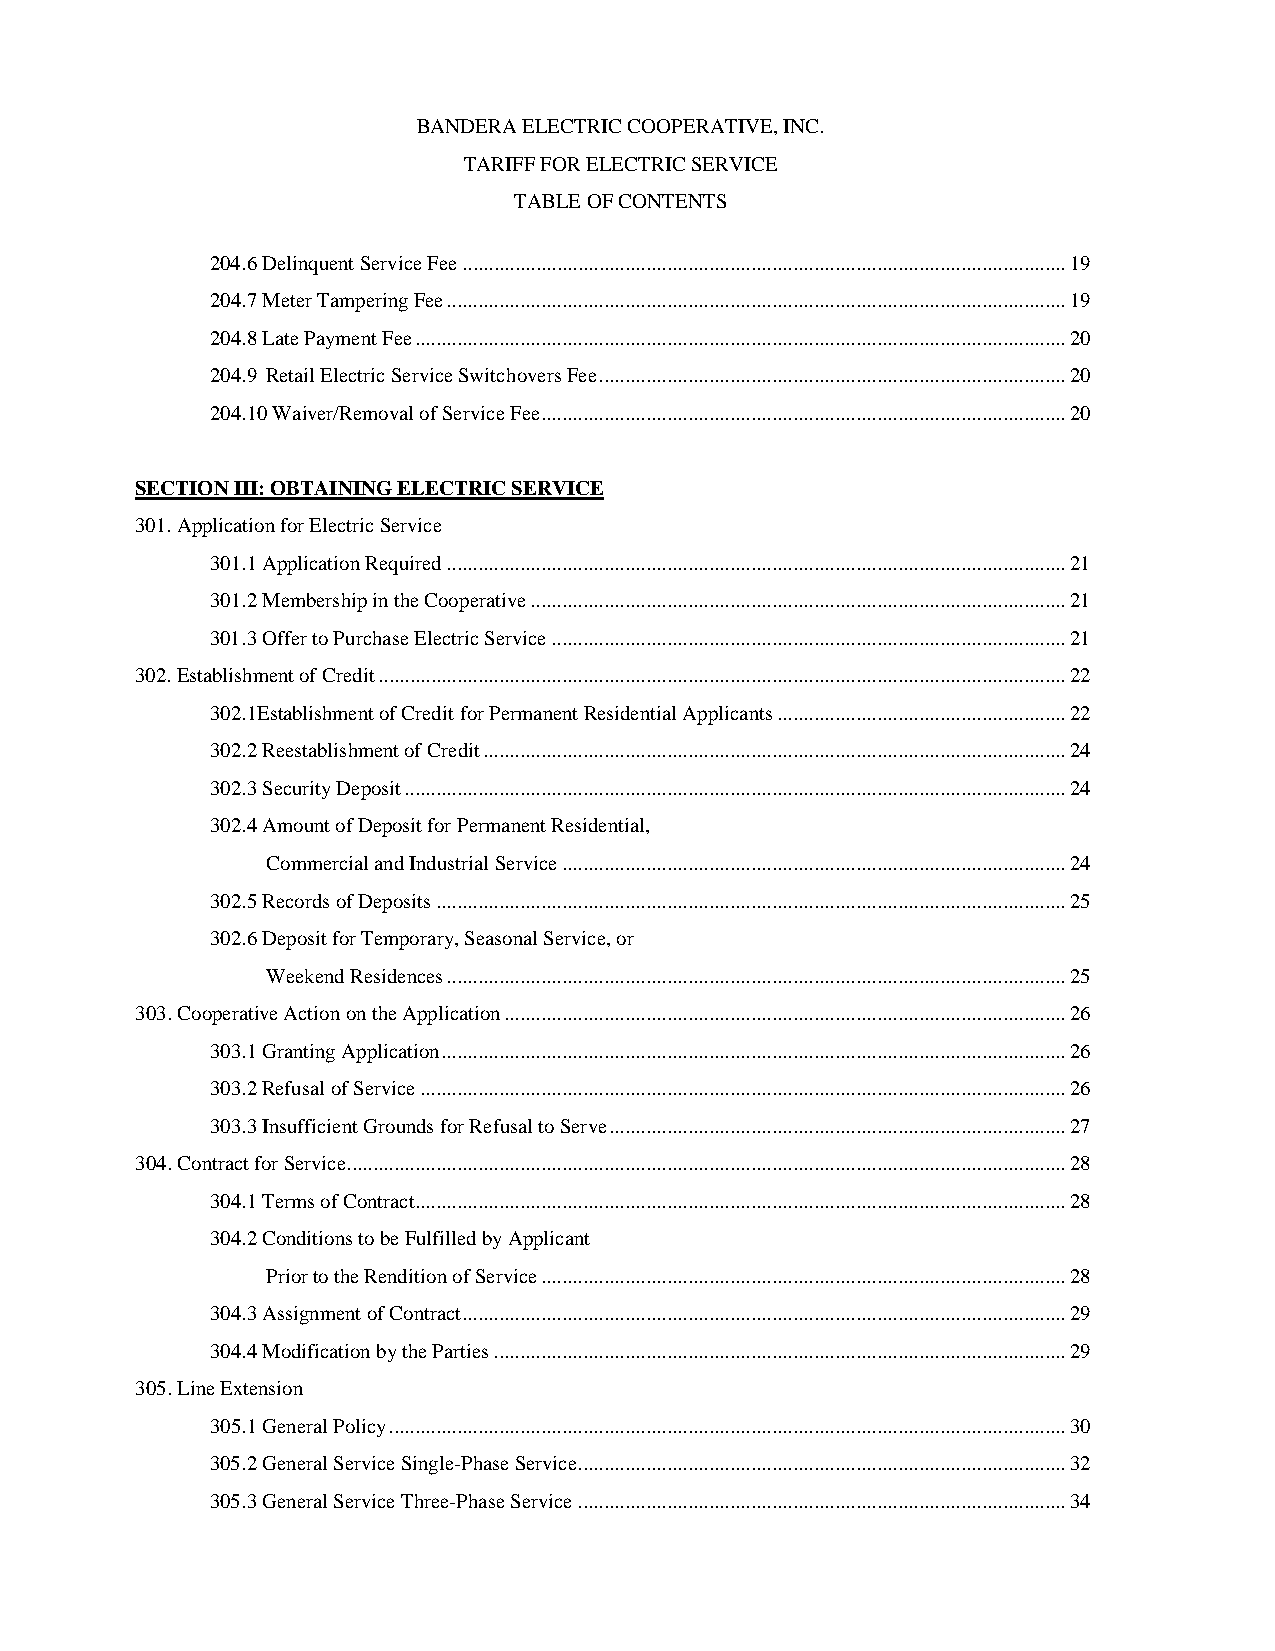
BANDERA ELECTRIC COOPERATIVE, INC.
 TARIFF FOR ELECTRIC SERVICE
 TABLE OF CONTENTS
 204.6 Delinquent Service Fee ................................................................................................................... 19
 204.7 Meter Tampering Fee ...................................................................................................................... 19
 204.8 Late Payment Fee ............................................................................................................................ 20
 204.9 Retail Electric Service Switchovers Fee ......................................................................................... 20
 204.10 Waiver/Removal of Service Fee .................................................................................................... 20
 SECTION III: OBTAINING ELECTRIC SERVICE
 301. Application for Electric Service
 301.1 Application Required ...................................................................................................................... 21
 301.2 Membership in the Cooperative ...................................................................................................... 21
 301.3 Offer to Purchase Electric Service .................................................................................................. 21
 302. Establishment of Credit ................................................................................................................................... 22
 302.1Establishment of Credit for Permanent Residential Applicants ....................................................... 22
 302.2 Reestablishment of Credit ............................................................................................................... 24
 302.3 Security Deposit .............................................................................................................................. 24
 302.4 Amount of Deposit for Permanent Residential,
 Commercial and Industrial Service ................................................................................................ 24
 302.5 Records of Deposits ........................................................................................................................ 25
 302.6 Deposit for Temporary, Seasonal Service, or
 Weekend Residences ...................................................................................................................... 25
 303. Cooperative Action on the Application ........................................................................................................... 26
 303.1 Granting Application ....................................................................................................................... 26
 303.2 Refusal of Service ........................................................................................................................... 26
 303.3 Insufficient Grounds for Refusal to Serve ....................................................................................... 27
 304. Contract for Service ......................................................................................................................................... 28
 304.1 Terms of Contract............................................................................................................................ 28
 304.2 Conditions to be Fulfilled by Applicant
 Prior to the Rendition of Service .................................................................................................... 28
 304.3 Assignment of Contract ................................................................................................................... 29
 304.4 Modification by the Parties ............................................................................................................. 29
 305. Line Extension
 305.1 General Policy ................................................................................................................................. 30
 305.2 General Service Single-Phase Service ............................................................................................. 32
 305.3 General Service Three-Phase Service ............................................................................................. 34